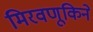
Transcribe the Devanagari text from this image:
मिरवणूकिने